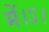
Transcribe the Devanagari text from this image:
में।ऽ।